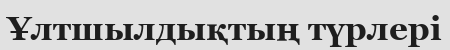
Ұлтшылдықтың түрлері